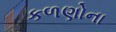
કળણોના